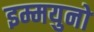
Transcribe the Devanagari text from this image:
इम्मयुनो